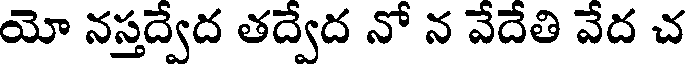
యో నస్తద్వేద తద్వేద నో న వేదేతి వేద చ